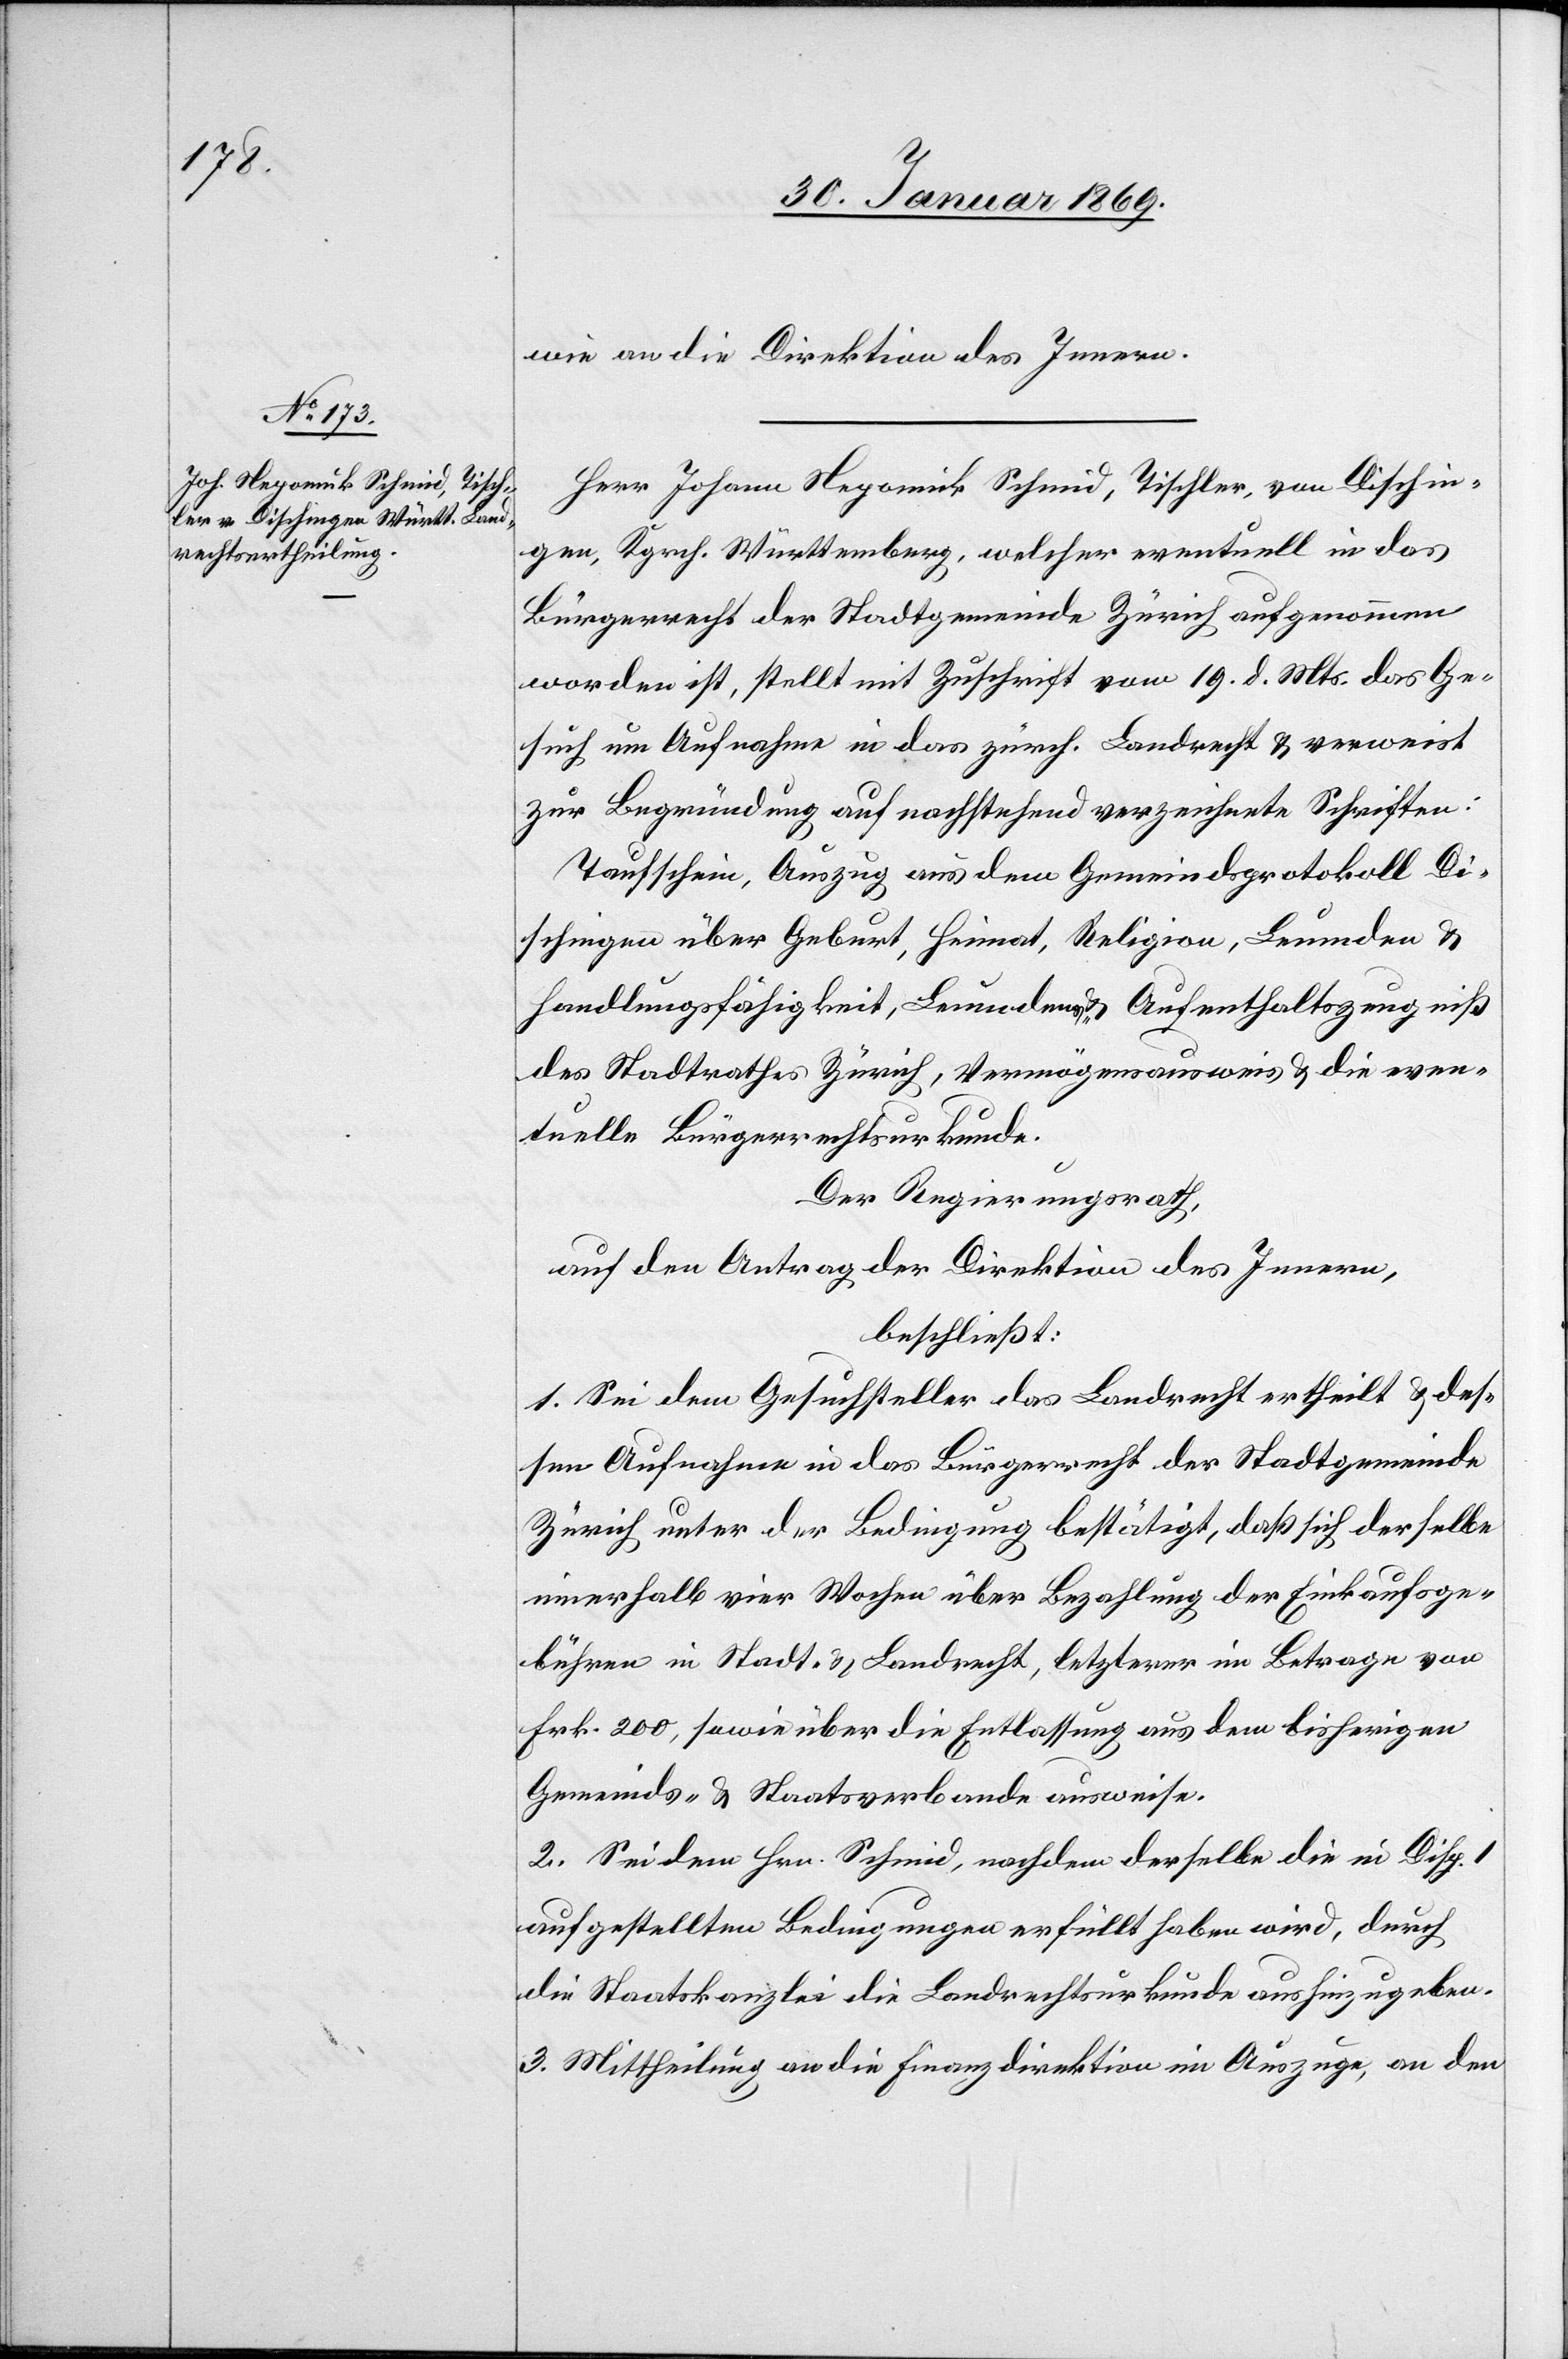
wie an die Direktion des Innern.
Herr Johann Nepomuk Schmid, Tischler, von Dischin¬
gen, Kgrch. Württemberg, welcher eventuell in das
Bürgerrecht der Stadtgemeinde Zürich aufgenommen
worden ist, stellt mit Zuschrift vom 19. d. Mts. das Ge¬
such um Aufnahme in das zürch. Landrecht u. verweist
zur Begründung auf nachstehend verzeichnete Schriften:
Taufschein, Auszug aus dem Gemeindsprotokoll Di¬
schingen über Geburt, Heimat, Religion, Leumden u.
Handlungsfähigkeit, Leumdens- u. Aufenthaltszeugniß
des Stadtrathes Zürich, Vermögensausweis u. die even¬
tuelle Bürgerrechtsurkunde.
Der Regierungsrath,
auf den Antrag der Direktion des Innern,
beschließt:
1. Sei dem Gesuchsteller das Landrecht ertheilt u. des¬
sen Aufnahme in das Bürgerrecht der Stadtgemeinde
Zürich unter der Bedingung bestätigt, daß sich derselbe
innerhalb vier Wochen über Bezahlung der Einkaufsge¬
bühren in Stadt- u. Landrecht, letzterer im Betrage von
Frk. 200, sowie über die Entlassung aus dem bisherigen
Gemeinds- u. Staatsverbande ausweise.
2. Sei dem Hrn. Schmid, nachdem derselbe die in Disp.
aufgestellten Bedingungen erfüllt haben wird, durch
die Staatskanzlei die Landrechtsurkunde aushinzugeben.
3. Mittheilung an die Finanzdirektion im Auszuge, an den